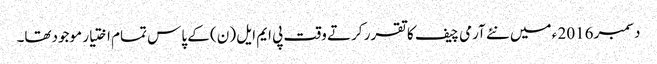
دسمبر 2016 ء میں نئے آرمی چیف کا تقرر کرتے وقت پی ایم ایل (ن) کے پاس تمام اختیار موجودتھا۔